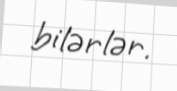
bilərlər.